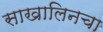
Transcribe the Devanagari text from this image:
साखालिनचा